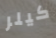
كيلر